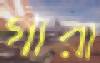
গারা